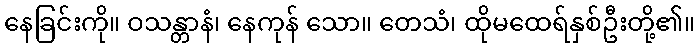
နေခြင်းကို။ ဝသန္တာနံ၊ နေကုန် သော။ တေသံ၊ ထိုမထေရ်နှစ်ဦးတို့၏။